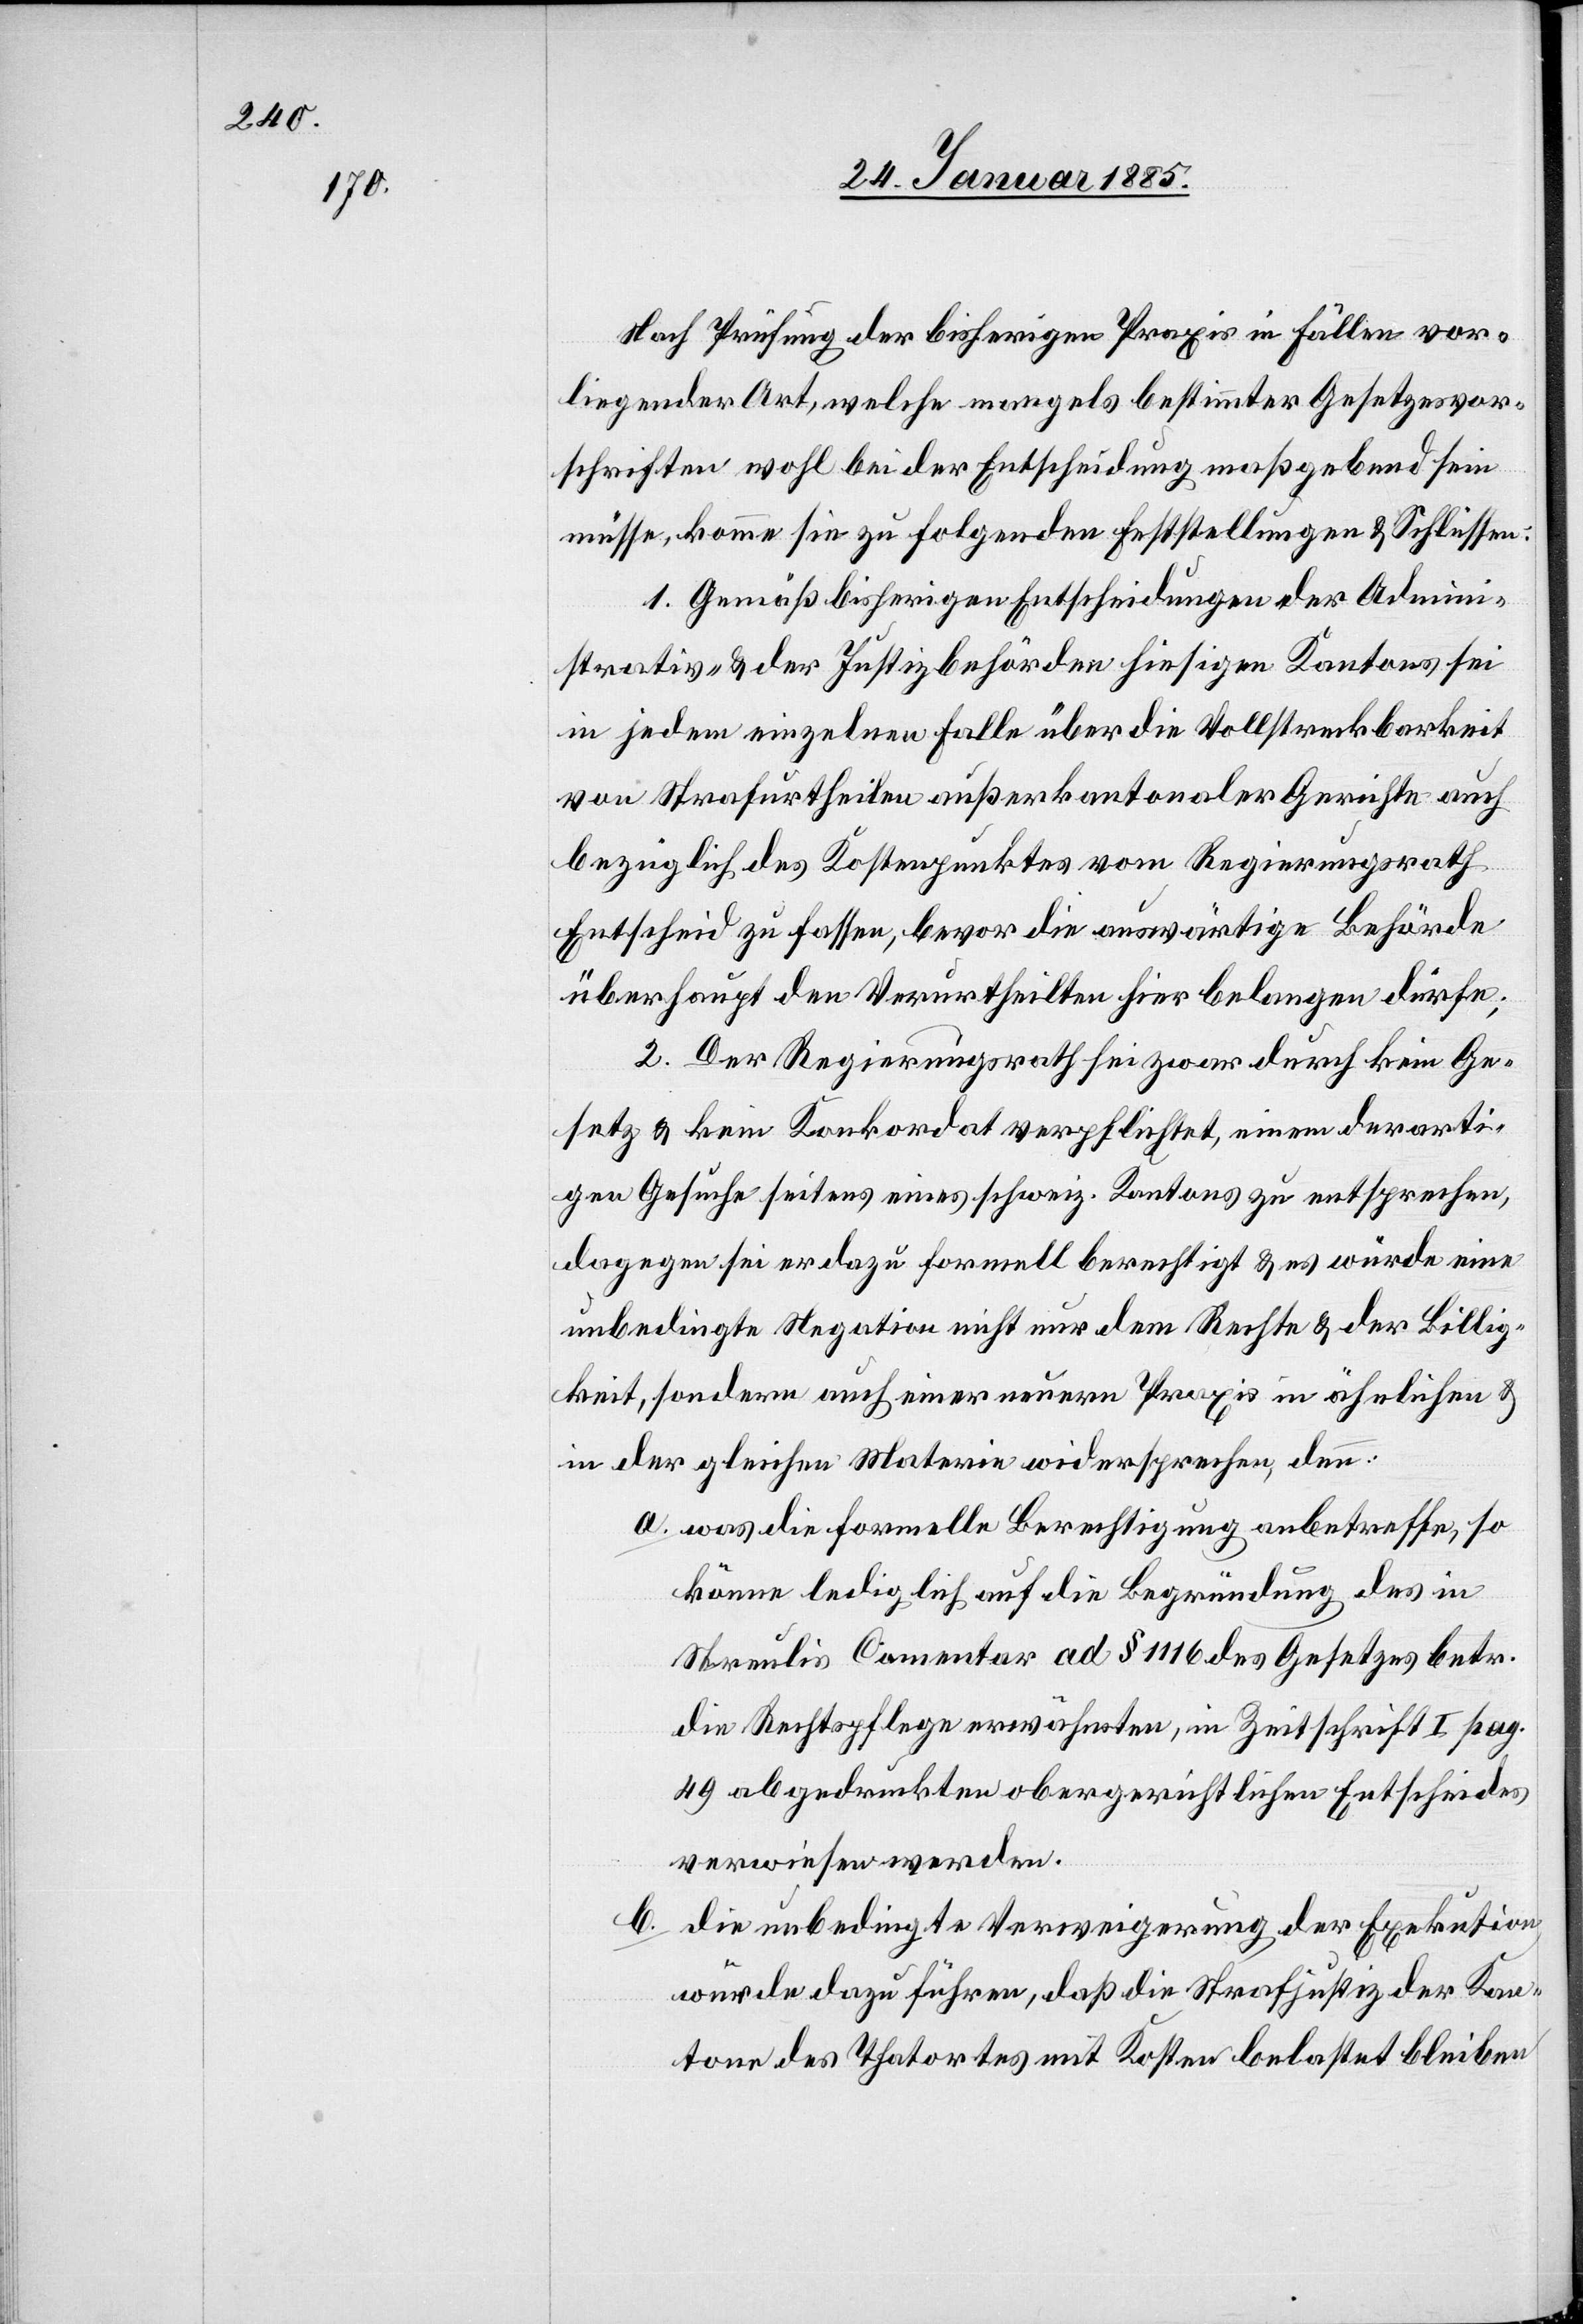
Nach Prüfung der bisherigen Praxis in Fällen vor¬
liegender Art, welche mangels bestimmter Gesetzesvor¬
schriften wohl bei der Entscheidung maßbebend sein
müsse, komme sie zu folgenden Feststellungen & Schlüssen:
1. Gemäß bisherigen Entscheidungen der Admini¬
strativ- & der Justizbehörden hieseitigen Kantons sei
in jedem einzelnen Falle über die Vollstreckbarkeit
von Strafurtheilen außerkantonaler Gerichte auch
bezüglich des Kostenpunktes vom Regierungsrath
Entscheid zu fassen, bevor die auswärtige Behörde
überhaupt den Verurtheilten hier belangen dürfe;
2. Der Regierungsrath sei zwar durch kein Ge¬
setz & kein Konkordat verpflichtet, einem derarti¬
gen Gesuche seitens eines schweiz. Kantons zu entsprechen,
dagegen sei er dazu formell berechtigt & es würde eine
unbedingte Negation nicht nur dem Rechte & der Billig¬
keit, sondern auch einer neuern Praxis in ähnlichen &
in der gleichen Materie widersprechen, denn:
a. was die formelle Berechtigung anbetreffe, so
könne lediglich auf die Begründung des in
Streulis Comentar ad § 1116 des Gesetzes betr.
die Rechtspflege erwähnten, in Zeitschrift I pag.
49 abgedruckten obergerichtlichen Entscheides
verwiesen werden.
b. die unbedingte Verweigerung der Exekution
würde dazu führen, daß die Strafjustiz der Kan¬
tone des Thatortes mit Kosten belastet bleiben